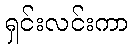
ရှင်းလင်းကာ